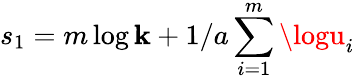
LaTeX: s_{1}=m\log\mathbf{k}+1/a\sum_{i=1}^{m}\logu_{i}